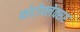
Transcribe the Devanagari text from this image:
फोटोफ्लेक्सर